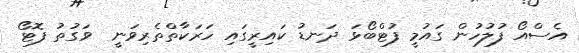
އެސްއޯ ފުލުހުން ގައުމީ ފުޓްބޯޅަ ދަނޑު ކައިރީގައި ހަރަކާތްތެރިވަނީ  ވަގުތު ފޮޓޯ